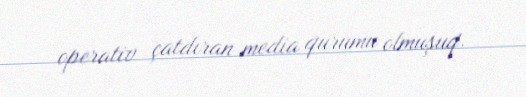
operativ çatdıran media qurumu olmuşuq.